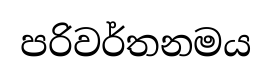
පරිවර්තනමය